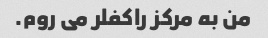
من به مرکز راکفلر می روم.